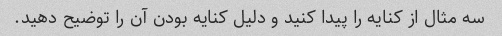
سه مثال از کنایه را پیدا کنید و دلیل کنایه بودن آن را توضیح دهید.